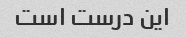
این درست است